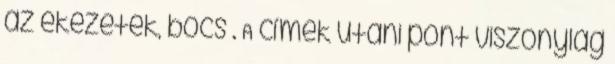
az ekezetek, bocs . A címek utani pont viszonylag